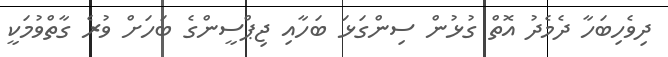
ދިވެހިބަހާ ދެމެދު އޮތް ގުޅުން ސިންގަޅަ ބަހާއި ޖިޕްސީންގެ ބަހަށް ވުރެ ގާތްވުމަކީ